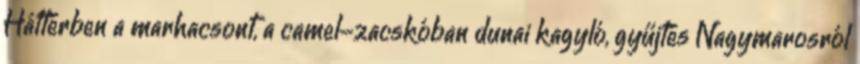
Háttérben a marhacsont, a camel-zacskóban dunai kagyló, gyűjtés Nagymarosról